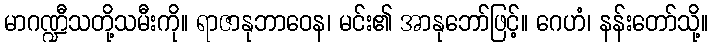
မာဂဏ္ဍီသတို့သမီးကို။ ရာဇာနုဘာဝေန၊ မင်း၏ အာနုဘော်ဖြင့်။ ဂေဟံ၊ နန်းတော်သို့။